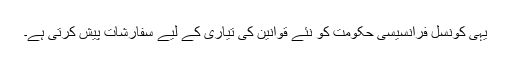
یہی کونسل فرانسیسی حکومت کو نئے قوانین کی تیاری کے لیے سفارشات پیش کرتی ہے۔